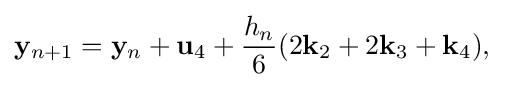
\mathbf {y} _{n+1}=\mathbf {y} _{n}+\mathbf {u} _{4}+{\frac {h_{n}}{6}}(2\mathbf {k} _{2}+2\mathbf {k} _{3}+\mathbf {k} _{4}),\quad